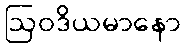
ဩဝဒိယမာနော